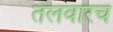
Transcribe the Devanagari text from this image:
तलवारच